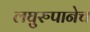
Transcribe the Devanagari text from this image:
लघुरुपानेच